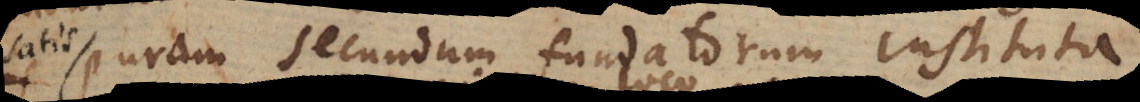
puram secundum fundatorum instituta